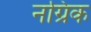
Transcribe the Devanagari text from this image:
नग्रिक